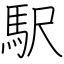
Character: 駅